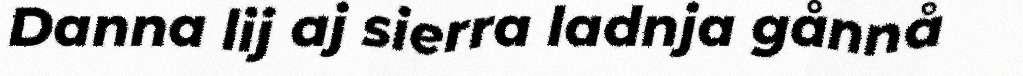
Danna lij aj sierra ladnja gånnå